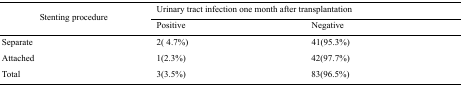
<table><thead><tr><td rowspan="3"><b>Stenting procedure</b></td><td colspan="2"><b>Urinary tract infection one month after transplantation</b></td></tr><tr><td><b>Positive</b></td><td><b>Negative</b></td></tr></thead><tbody><tr><td>Separate</td><td>2(4.7%)</td><td>41(95.3%)</td></tr><tr><td>Attached</td><td>1(2.3%)</td><td>42(97.7%)</td></tr><tr><td>Total</td><td>3(3.5%)</td><td>83(96.5%)</td></tr></tbody></table>